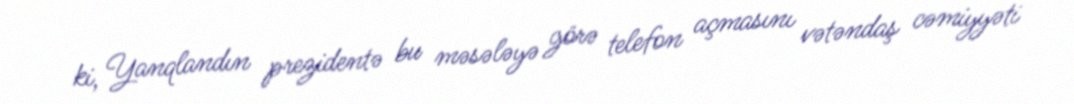
ki, Yanqlandın prezidentə bu məsələyə görə telefon açmasını vətəndaş cəmiyyəti